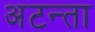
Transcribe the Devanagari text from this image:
अटन्ता